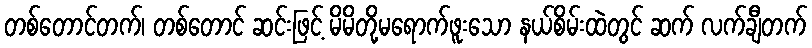
တစ်တောင်တက်၊ တစ်တောင် ဆင်းဖြင့် မိမိတို့မရောက်ဖူးသော နယ်စိမ်းထဲတွင် ဆက် လက်ချီတက်